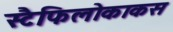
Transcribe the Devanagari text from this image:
स्टैफिलोकाकस